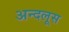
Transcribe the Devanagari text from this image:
अन्दलूस